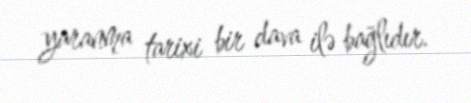
yaranma tarixi bir dava ilə bağlıdır.